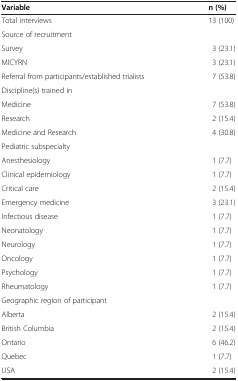
| Variable | n (%) |
 | --- | --- |
 | Total interviews | 13 (100) |
 | Source of recruitment |  |
 | Survey | 3 (23.1) |
 | MICYRN | 3 (23.1) |
 | Referral from participants/established trialists | 7 (53.8) |
 | Discipline(s) trained in |  |
 | Medicine | 7 (53.8) |
 | Research | 2 (15.4) |
 | Medicine and Research | 4 (30.8) |
 | Pediatric subspecialty |  |
 | Anesthesiology | 1 (7.7) |
 | Clinical epidemiology | 1 (7.7) |
 | Critical care | 2 (15.4) |
 | Emergency medicine | 3 (23.1) |
 | Infectious disease | 1 (7.7) |
 | Neonatology | 1 (7.7) |
 | Neurology | 1 (7.7) |
 | Oncology | 1 (7.7) |
 | Psychology | 1 (7.7) |
 | Rheumatology | 1 (7.7) |
 | Geographic region of participant |  |
 | Alberta | 2 (15.4) |
 | British Columbia | 2 (15.4) |
 | Ontario | 6 (46.2) |
 | Quebec | 1 (7.7) |
 | USA | 2 (15.4) |